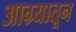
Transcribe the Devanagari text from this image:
आग्र्यातून